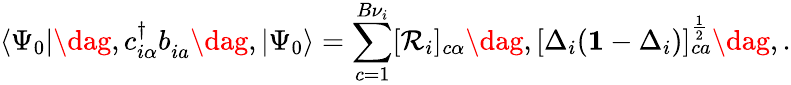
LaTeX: \langle\Psi_{0}|\dag,c_{i\alpha}^{\dagger}b_{ia}^{\phantom{\dagger}}\dag,|\Psi_{0}\rangle=\sum_{c=1}^{B{\nu}_{i}}[\mathcal{R}_{i}]_{c\alpha}\dag,[\Delta_{i}(\mathbf{1}-\Delta_{i})]_{ca}^{\frac{1}{2}}\dag,.